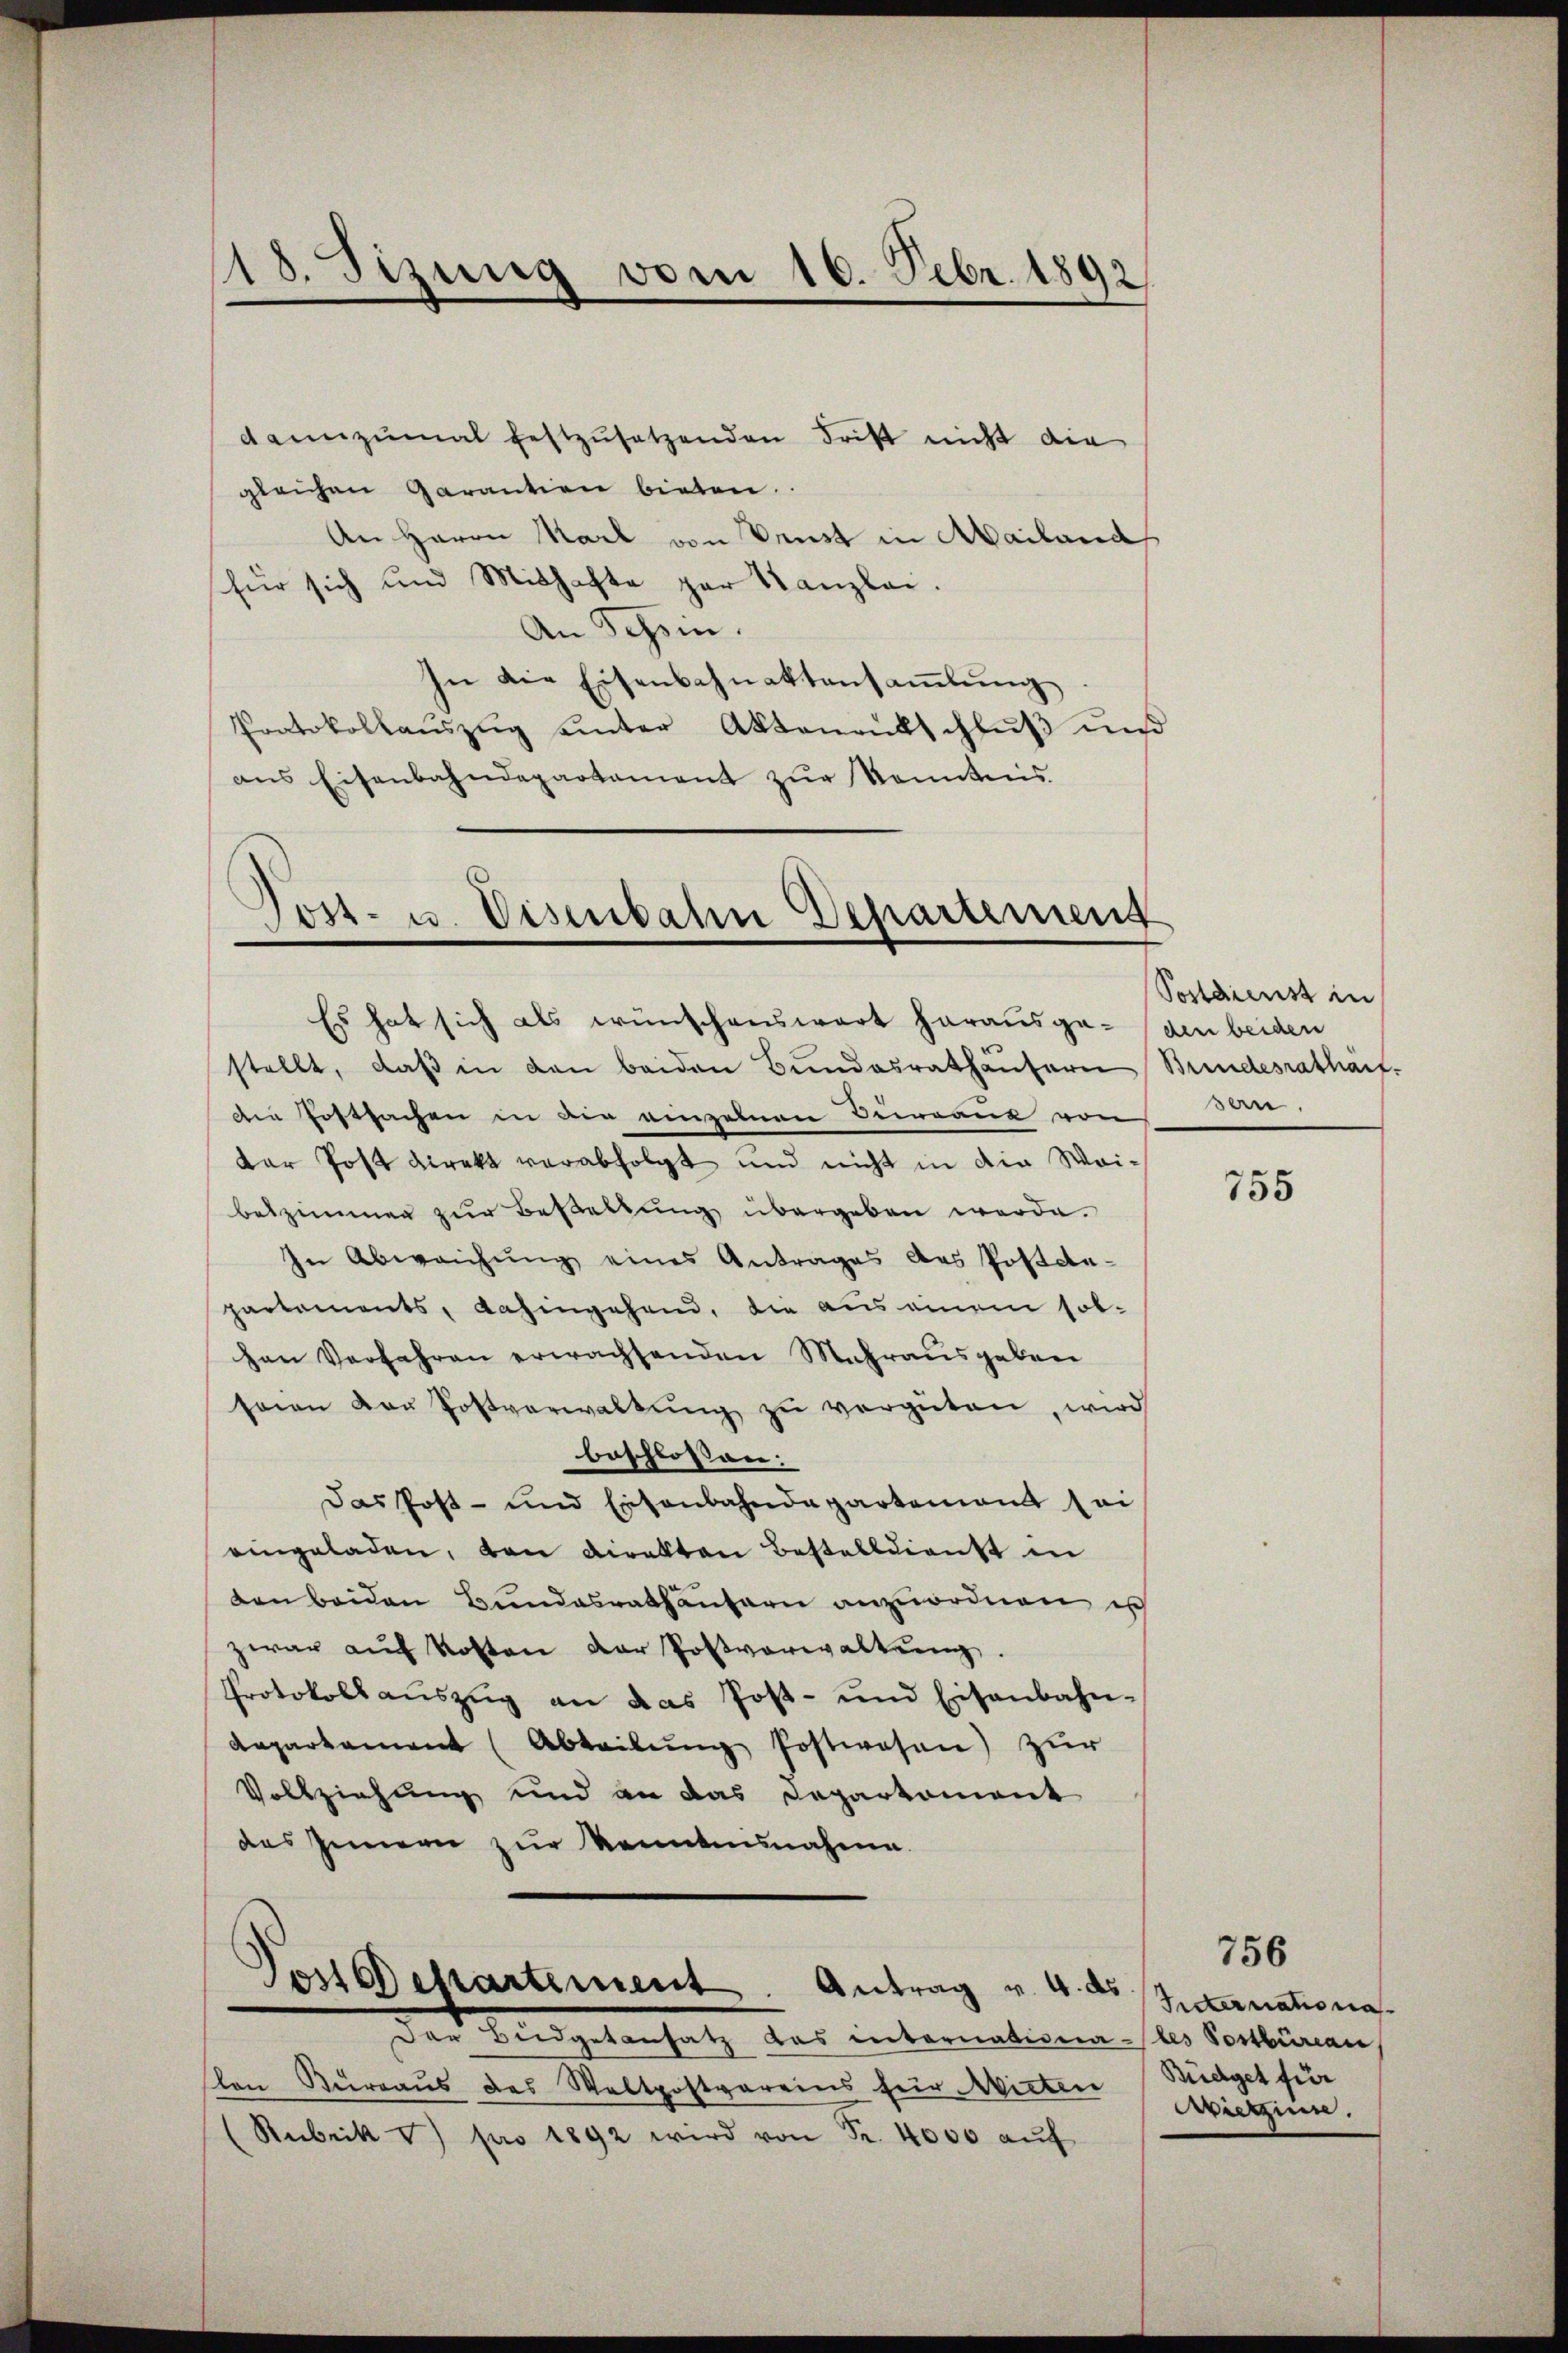
dannzumal festzusetzenden Frist nicht die
gleichen Garantien bieten.
An Herrn Karl von denst in Mailand
für sich und Mithafte zur Kanzlei.
An Schein.
In die Eisenbahnaktensamlung
Protokollauszug unter Aktenentschluß und
ans Eisenbahndepartament zŭr Kenntnis
Post- u. Eisenbahn Departement

18. Sizung vom 16. Febr. 1892

Es hat sich als wünschenswert herausge- (den beiden

stellt, daβ in den beiden Bundesrathäusern Bundesratharf.
die Postsachen in die einzelnen Bewand von
der Post Direkt verabfolgt und nicht in die Waibeszimmen zur Bestellung übergeben werde.
In Abweichung eines Antrages das Posten-
partements, dahingehend, die aus einem solhen Verfahren erwachsenden Mehrausgebene
seien von Postverwaltŭng zŭ vergüten, wird
beschlossen:
das Post- und Eisenbahndepartement sei
eingeladen, von Direkten Bestelldienst in
ten beiden Bundesrathäusern anzuordnen is
zwar aŭf Kosten der Postverwaltŭng.
Protokollauszug an das Post- und Eisenbahndaparkament (Abteilŭng Postwesen) zur
Vollziehung und an das Departement
des Innern zur Kenntnisnahme.

Postdepartement. Antrag v. 4. ds

Der Büdgetansatz das internationales Postbüreau
lon Bureaus des Waltpostvereins für Mieten
(Rubrik v) pro 1892 wird von Fr. 4000 aŭf

Postdienst in
san.

755

Internationa
Büdget für
Wietzinn.

756